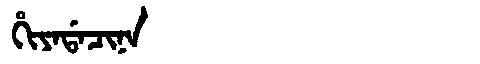
Manchu: ᡥᡳᠶᠠᡩᠠᠴᡳᠨᠠ
Romanization: HIYADACINA